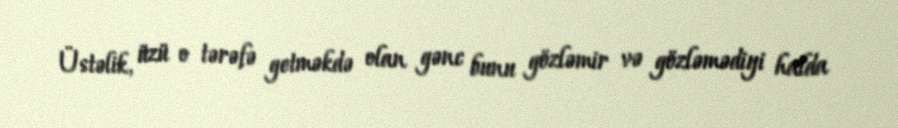
Üstəlik, üzü o tərəfə getməkdə olan gənc bunu gözləmir və gözləmədiyi halda